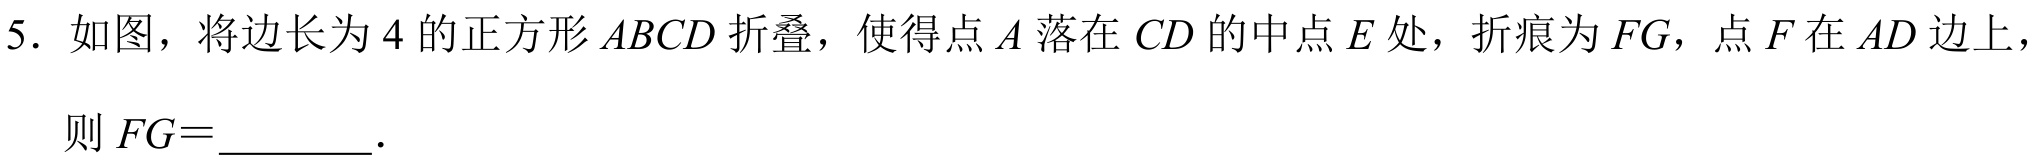
5. 如图，将边长为\(4\)的正方形\(ABCD\)折叠，使得点\(A\)落在\(CD\)的中点\(E\)处，折痕为\(FG\)，点\(F\)在\(AD\)边上，
则\(FG =\)  ．